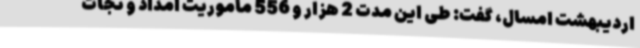
اردیبهشت امسال، گفت: طی این مدت 2 هزار و 556 ماموریت امداد و نجات